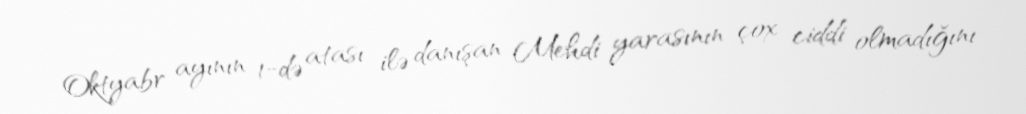
Oktyabr ayının 1-də atası ilə danışan Mehdi yarasının çox ciddi olmadığını